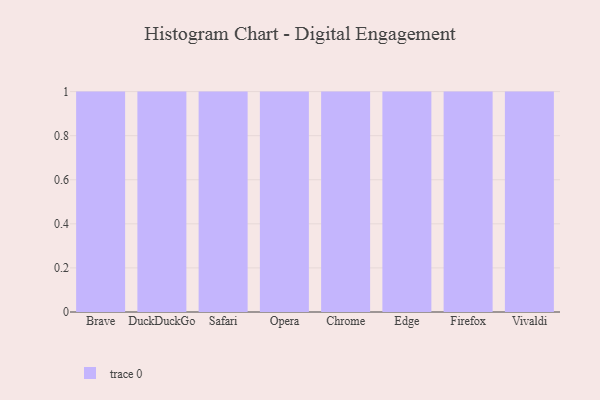
{"axis": {"x": "Browser", "y": "Production Output"}, "legend": [""], "data": [{"x": "Brave", "y": 56, "type": ""}, {"x": "DuckDuckGo", "y": 85, "type": ""}, {"x": "Safari", "y": 70, "type": ""}, {"x": "Opera", "y": 100, "type": ""}, {"x": "Chrome", "y": 85, "type": ""}, {"x": "Edge", "y": 46, "type": ""}, {"x": "Firefox", "y": 72, "type": ""}, {"x": "Vivaldi", "y": 52, "type": ""}]}